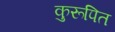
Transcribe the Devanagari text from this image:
कुरूपित